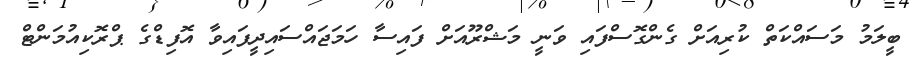
ބީލަމު މަސައްކަތް ކުރިއަށް ގެންގޮސްފައި ވަނީ މަޝްރޫއަށް ފައިސާ ހަމަޖައްސައިދީފައިވާ އޮފިޑްގެ ޕްރޮކިއުމަންޓް